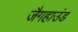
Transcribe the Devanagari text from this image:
जैगहाउंड